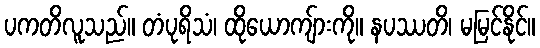
ပကတိလူသည်။ တံပုရိသံ၊ ထိုယောကျ်ားကို။ နပဿတိ၊ မမြင်နိုင်။